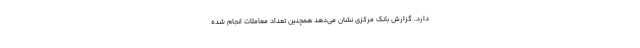
دارد. گزارش بانک مرکزی نشان می‌دهد همچنین تعداد معاملات انجام شده